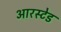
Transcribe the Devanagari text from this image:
आरस्टेड